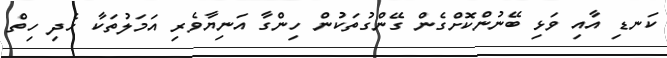
ކަނޑި އާއި ވަޅި ބޭނުންކޮށްގެން ގޭންގުތަކުން ހިންގާ އަނިޔާވެރި އަމަލުތަކާ ހެދި ހިތް